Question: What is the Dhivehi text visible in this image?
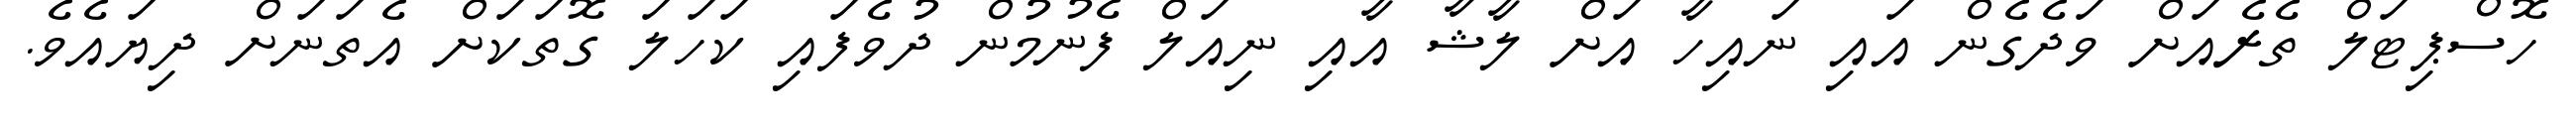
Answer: ހޮސްޕިޓަލް ތެރެއަށް ވަދެގެން އައި ނައިހާ އަށް ލާޝާ އާއި ނިއަލް ފެނުމުން ދުވެފައި ކަހަލަ ގޮތަކަށް އެތަނަށް ދިޔައެވެ.